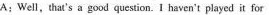
A:Well,that's a good question. I haven't played it for